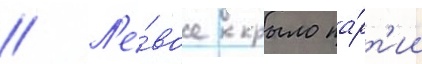
// Л'е́вое крыло па́рт'ии